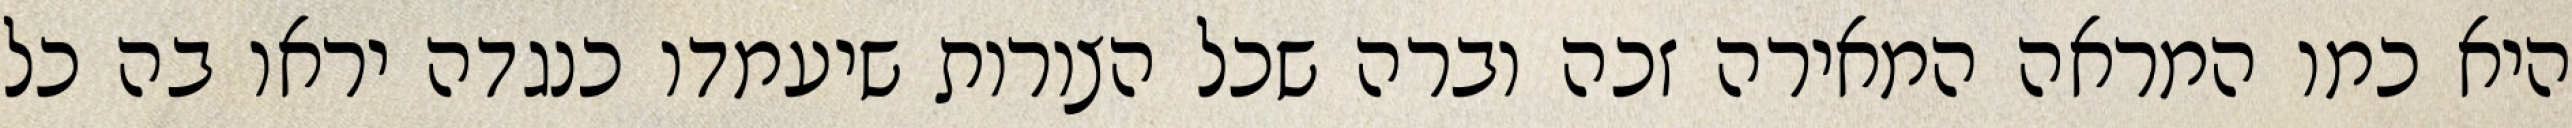
היא כמו המראה המאירה זכה וברה שכל הצורות שיעמדו כנגדה יראו בה כל